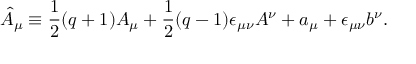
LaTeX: \hat { A } _ { \mu } \equiv \frac { 1 } { 2 } ( q + 1 ) A _ { \mu } + \frac { 1 } { 2 } ( q - 1 ) \epsilon _ { \mu \nu } A ^ { \nu } + a _ { \mu } + \epsilon _ { \mu \nu } b ^ { \nu } .